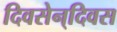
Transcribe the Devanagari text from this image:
दिवसेन्‌दिवस